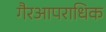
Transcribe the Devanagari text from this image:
गैरआपराधिक